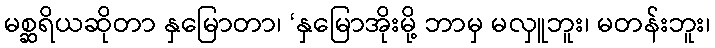
မစ္ဆရိယဆိုတာ နှမြောတာ၊ ‘နှမြောအိုးမို့ ဘာမှ မလှူဘူး၊ မတန်းဘူး၊